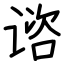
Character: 谘